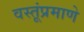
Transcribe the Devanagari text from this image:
वस्तूंप्रमाणे